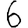
Digit: 6